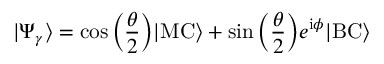
| \Psi _ { \gamma } \rangle = \cos \Big ( \frac { \theta } { 2 } \Big ) | \mathrm { M C } \rangle + \sin \Big ( \frac { \theta } { 2 } \Big ) e ^ { \mathrm { i } \phi } | \mathrm { B C } \rangle